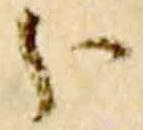
分